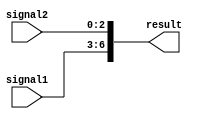
module concat_assign(
    input [3:0] signal1,
    input [2:0] signal2,
    output [6:0] result
);

assign result = {signal1, signal2}; // Concatenating signal1 and signal2 into result

endmodule